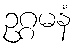
ဥဂ္ဂမနံ